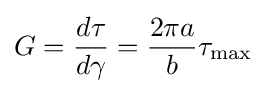
G={\frac {d\tau }{d\gamma }}={\frac {2\pi a}{b}}\tau _{\max }